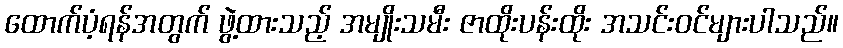
ထောက်ပံ့ရန်အတွက် ဖွဲ့ထားသည့် အမျိုးသမီး ဇာထိုးပန်းထိုး အသင်းဝင်များပါသည်။